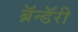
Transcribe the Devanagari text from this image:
ब्रॅन्डॅरी